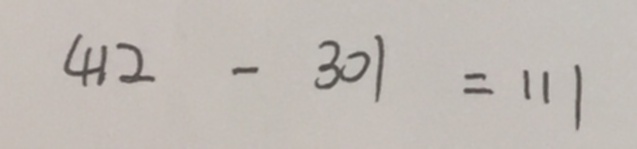
4 1 2 - 3 0 1 = 1 1 1